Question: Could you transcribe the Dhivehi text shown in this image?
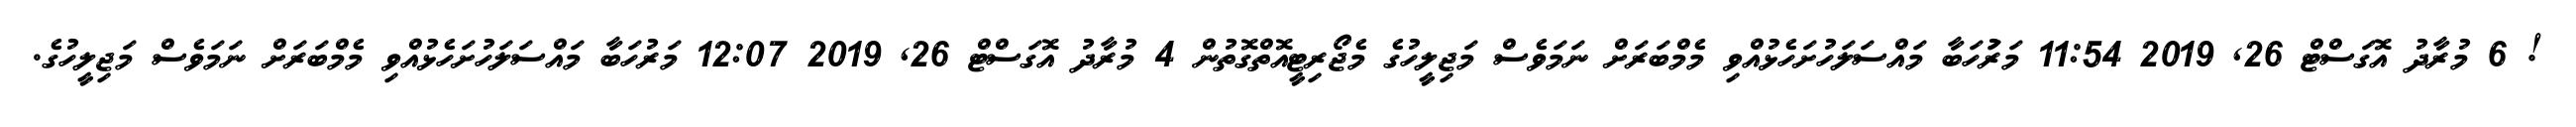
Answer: ! 6 މުރާދު އޮގަސްޓް 26, 2019 11:54 މަރުަހަބާ މައްސަލަހުށަހެޅުއްވި މެމްބަރަށް ނަމަވެސް މަޖިލީހުގެ މެޖޯރިޓީއޮތްގޮތުން 4 މުރާދު އޮގަސްޓް 26, 2019 12:07 މަރުހަބާ މައްސަލަހުށަހެޅުއްވި މެމްބަރަށް ނަމަވެސް މަޖިލީހުގެ.